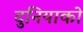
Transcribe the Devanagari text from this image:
दुनियाको